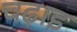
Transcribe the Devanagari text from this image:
चढ़ाइ